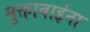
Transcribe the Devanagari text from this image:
मुक्ताबाईना